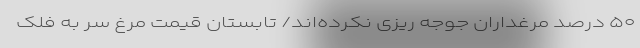
۵۰ درصد مرغداران جوجه ریزی نکرده‌اند/ تابستان قیمت مرغ سر به فلک